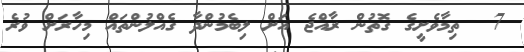
7  ތިމާވެށީގެ ގޮތުން ރާއްޖެ އަށް ލިބެމުންދާ ގެއްލުންތައް މިހާރަށް ވުރެ